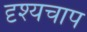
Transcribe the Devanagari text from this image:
दृश्यचाप